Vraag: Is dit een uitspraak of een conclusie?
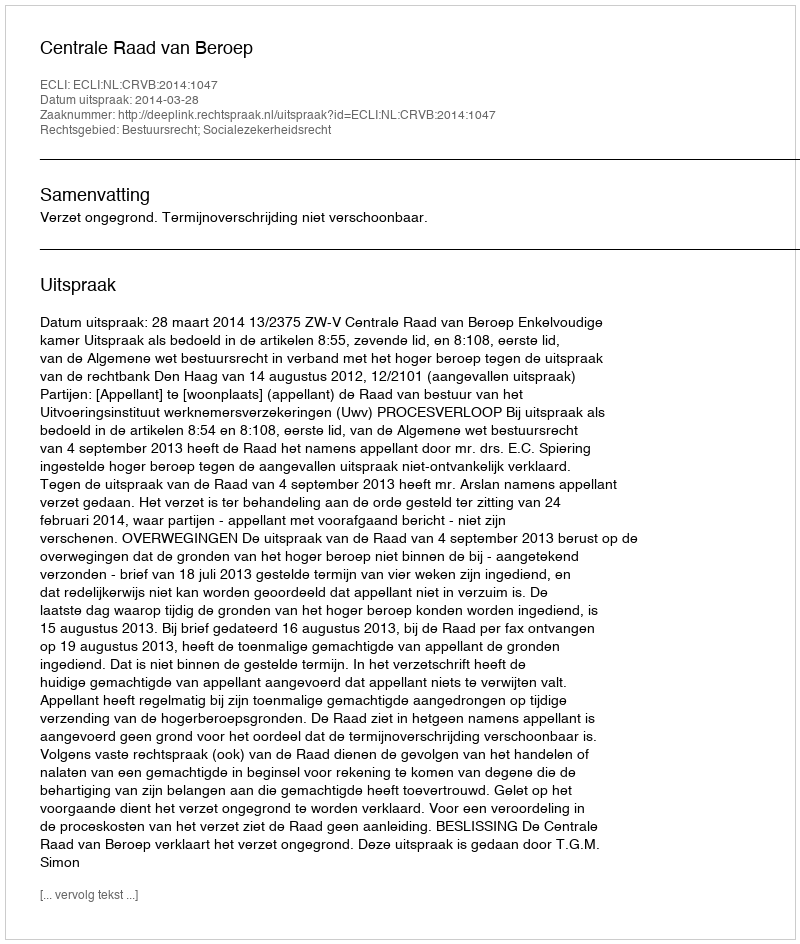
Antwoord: Uitspraak